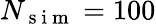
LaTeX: N_{\mathrm{~s~i~m~}}=100